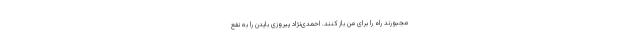
مجبورند راه را برای من باز کنند. احمدی‌نژاد پیروزی بایدن را به نفع